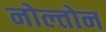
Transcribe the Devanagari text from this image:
नोल्तोन